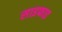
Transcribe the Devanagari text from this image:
साइफाइ